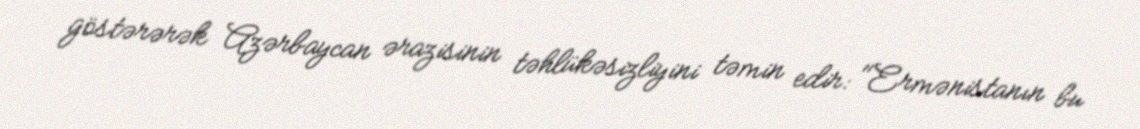
göstərərək Azərbaycan ərazisinin təhlükəsizliyini təmin edir: "Ermənistanın bu